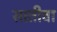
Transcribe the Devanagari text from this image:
सातीवा